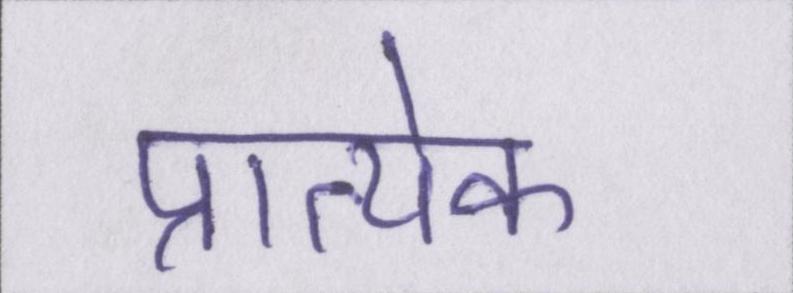
प्रात्येक